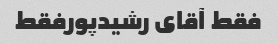
فقط آقای رشیدپورفقط